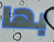
بها